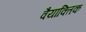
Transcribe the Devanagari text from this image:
वैयाक्तिक